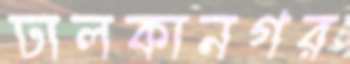
ঢালকানগর